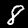
Label: 8